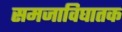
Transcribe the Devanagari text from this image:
समजाविघातक